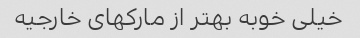
خیلی خوبه بهتر از مارکهای خارجیه